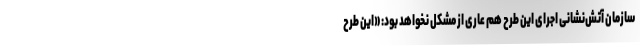
سازمان آتش‌نشانی اجرای این طرح هم عاری از مشکل نخواهد بود: «این طرح